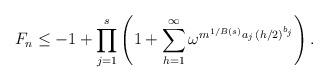
LaTeX: \begin{align*}F_n \le -1+\prod_{j=1}^s\left(1+\sum_{h=1}^{\infty} \omega^{m^{1/B(s)} a_j\, (h/2)^{b_j}}\right).\end{align*}